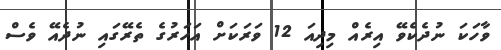
ވާހަކަ ނުދެކެވޭ އިރެއް މިދިއަ 12 ވަރަކަށް އަހަރުގެ ތެރޭގައި ނުދެއޭ ވެސް